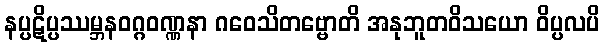
နပ္ပဋိပ္ပဿမ္ဘနဝဂ္ဂဝဏ္ဏနာ ဂဝေသိတဗ္ဗောတိ အနုဘူတဝိသယော ဝိပ္ပလပိ